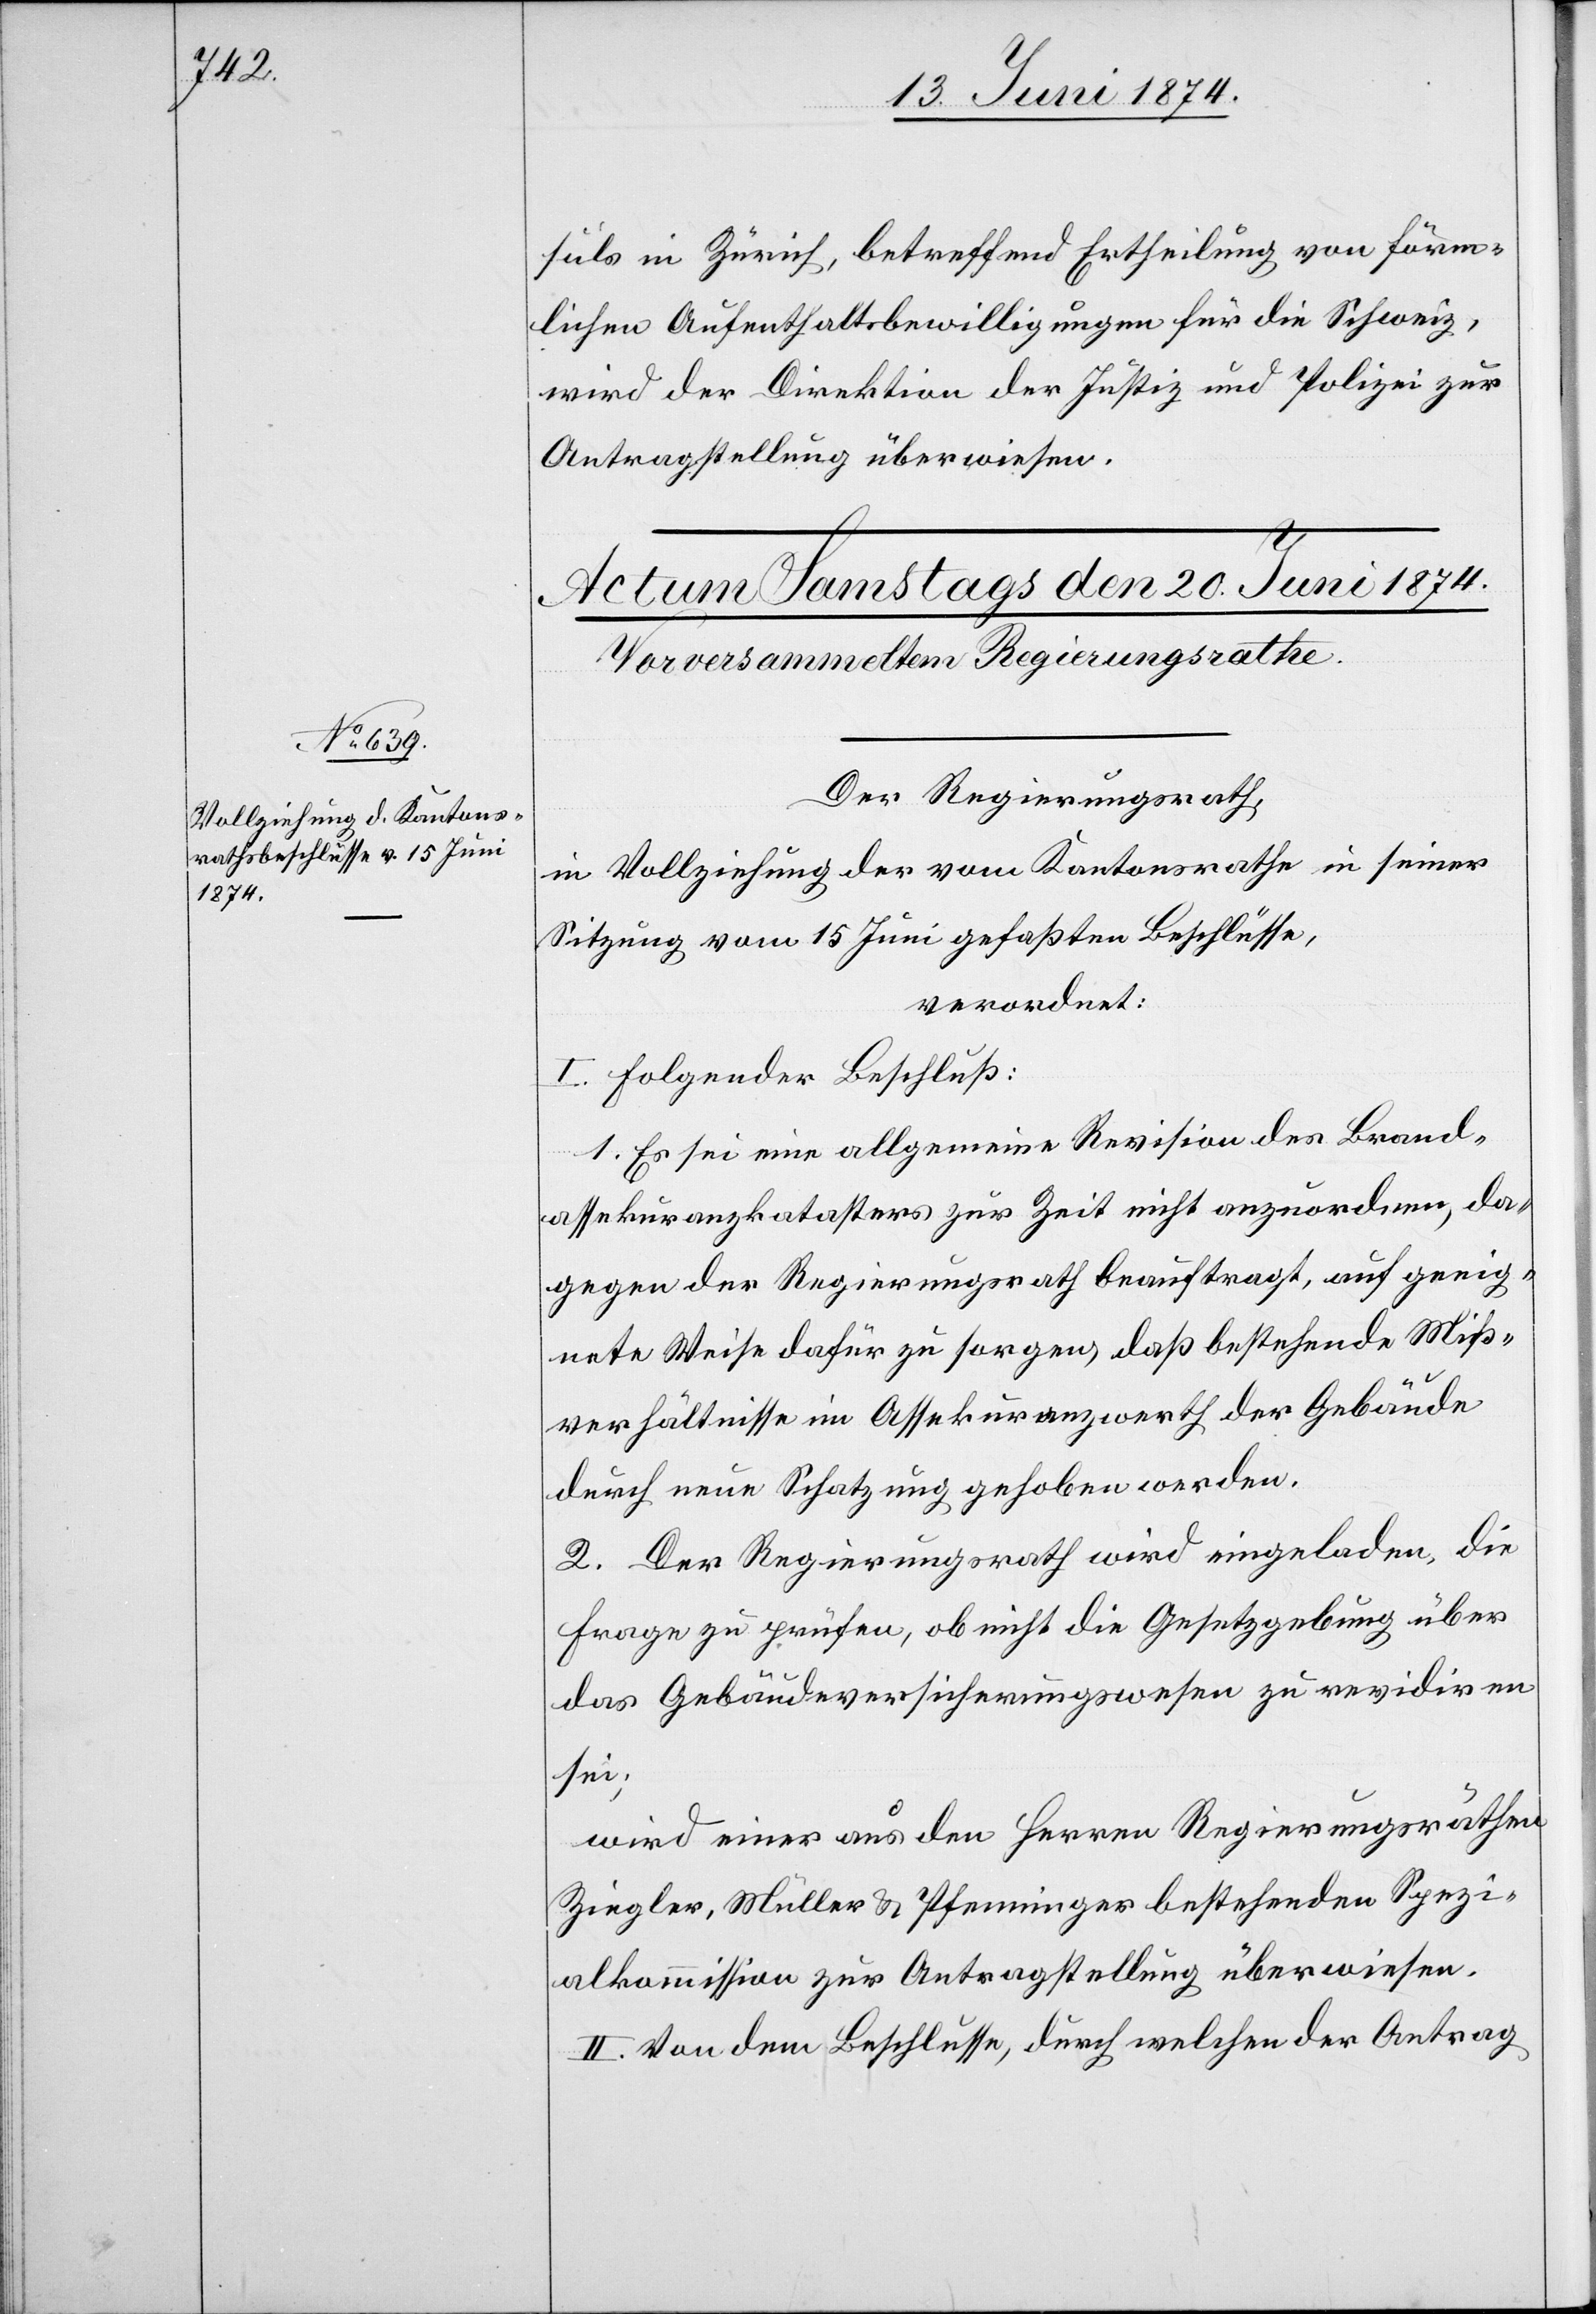
suls in Zürich, betreffend Ertheilung von förm¬
lichen Aufenthaltsbewilligungen für die Schweiz,
wird der Direktion der Justiz und Polizei zur
Antragstellung überwiesen.
Der Regierungsrath,
in Vollziehung der vom Kantonsrathe in seiner
Sitzung vom 15. Juni gefaßten Beschlüsse,
verordnet:
I. Folgender Beschluß:
1. Es sei eine allgemeine Revision des Brand¬
assekuranzkatasters zur Zeit nicht anzuordnen, da¬
gegen der Regierungsrath beauftragt, auf geeig¬
nete Weise dafür zu sorgen, daß bestehende Miß¬
verhältnisse im Assekuranzwerth der Gebäude
durch neue Schatzung gehoben werden.
2. Der Regierungsrath wird eingeladen, die
Frage zu prüfen, ob nicht die Gesetzgebung über
das Gebäudeversicherungswesen zu revidiren
sei;
wird einer aus den Herren Regierungsräthen
Ziegler, Müller u. Pfenninger bestehenden Spezi¬
alkommission zur Antragstellung überwiesen.
II. Von dem Beschlusse, durch welchen der Antrag